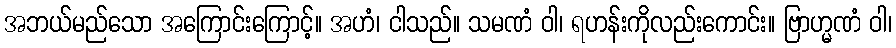
အဘယ်မည်သော အကြောင်းကြောင့်။ အဟံ၊ ငါသည်။ သမဏံ ဝါ၊ ရဟန်းကိုလည်းကောင်း။ ဗြာဟ္မဏံ ဝါ၊